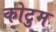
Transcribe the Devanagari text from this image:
कोटुम